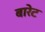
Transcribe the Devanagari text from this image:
बारेट